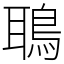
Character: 鵈